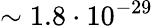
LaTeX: \sim 1.8\cdot 10^{-29}